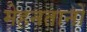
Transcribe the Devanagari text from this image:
मेहनतानों